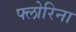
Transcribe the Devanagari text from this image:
फ्लोरिना